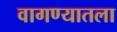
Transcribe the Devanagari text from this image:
वागण्यातला